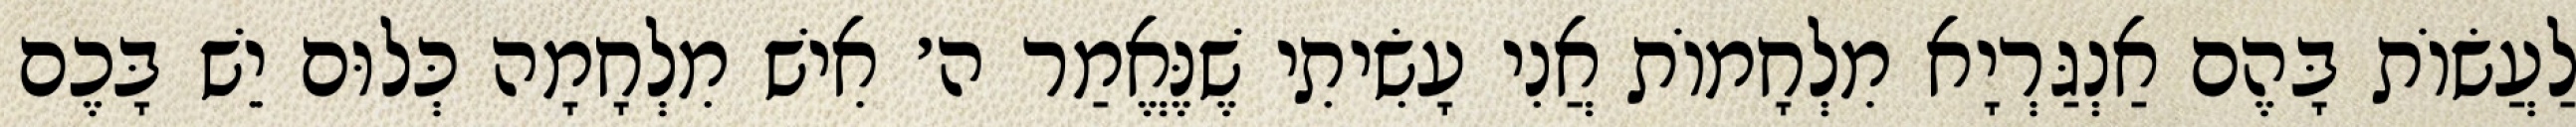
לַעֲשׂוֹת בָּהֶם אַנְגַּרְיָא מִלְחָמוֹת אֲנִי עָשִׂיתִי שֶׁנֶּאֱמַר ה׳ אִישׁ מִלְחָמָה כְּלוּם יֵשׁ בָּכֶם